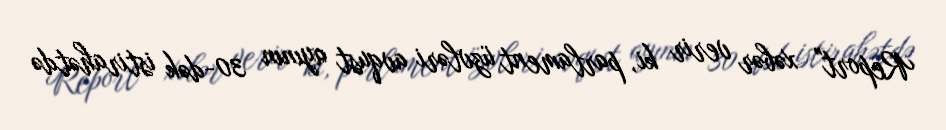
Report" xəbər verir ki, parlament üzvləri avqust ayının 30-dək istirahətdə